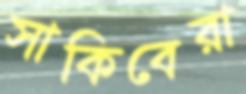
সাকিবেরা